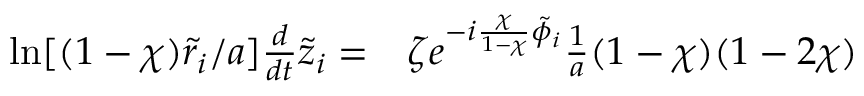
\begin{array} { r l } { \ln [ ( 1 - \chi ) \tilde { r } _ { i } / a ] \frac { d } { d t } \tilde { z } _ { i } = } & { { } \zeta e ^ { - i \frac { \chi } { 1 - \chi } \tilde { \phi } _ { i } } \frac { 1 } { a } ( 1 - \chi ) ( 1 - 2 \chi ) } \end{array}